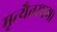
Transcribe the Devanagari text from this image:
मृत्यैतरधमा